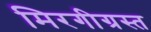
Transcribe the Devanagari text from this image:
मिरगीग्रस्त